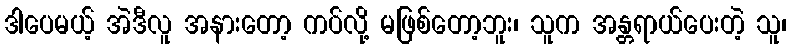
ဒါပေမယ့် အဲဒီလူ အနားတော့ ကပ်လို့ မဖြစ်တော့ဘူး၊ သူက အန္တရာယ်ပေးတဲ့ သူ၊